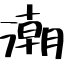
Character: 潮